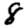
Digit: 8